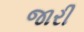
જારી